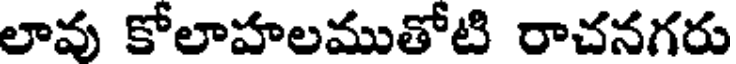
లావు కోలాహలముతోటి రాచనగరు